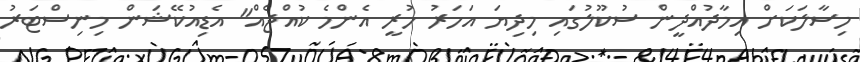
މިސާލަކަށް އިމާދުއްދީން ސުކޫލުގައި މިދިޔަ އަހަރު ހުރީ އެންމެ ކުއްޖެއް" އެޑިއުކޭޝަން މިނިސްޓަރު